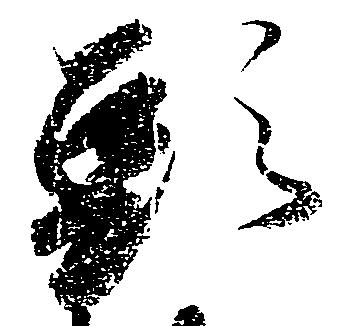
頭